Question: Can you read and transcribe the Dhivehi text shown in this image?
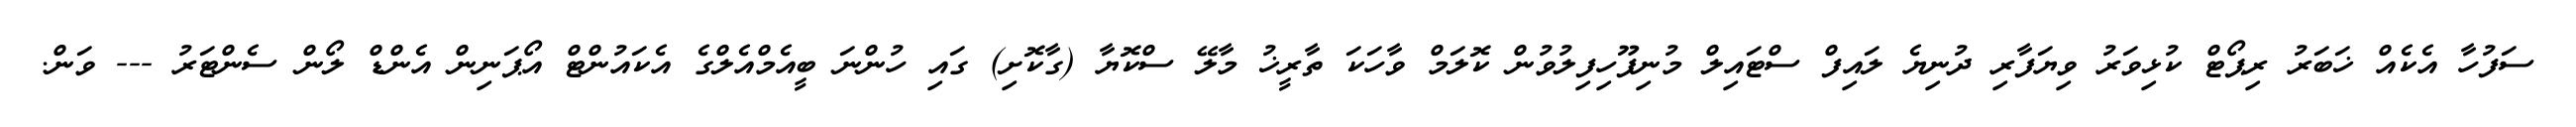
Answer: ސަފުހާ އެކެއް ޚަބަރު ރިޕޯޓް ކުޅިވަރު ވިޔަފާރި ދުނިޔެ ލައިފް ސްޓައިލް މުނިފޫހިފިލުވުން ކޮލަމް ވާހަކަ ތާރީޚު މާލޭ ސްކޮޔާ (ގާކޮށި) ގައި ހުންނަ ބީއެމްއެލްގެ އެކައުންޓް އޯޕަނިން އެންޑް ލޯން ސެންޓަރު --- ވަން.